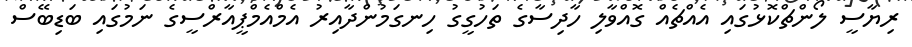
ރިޔާސީ ލޯންޗްކޮޅުގައި އެއްޗެއް ގޮއްވާލި ހާދިސާގެ ތަހުގީގު ހިނގަމުންދާއިރު އެމްއެމްޕީއާރްސީގެ ނަމުގައި ބަޑިބޭސް